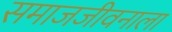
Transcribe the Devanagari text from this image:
समाजजीवनाला